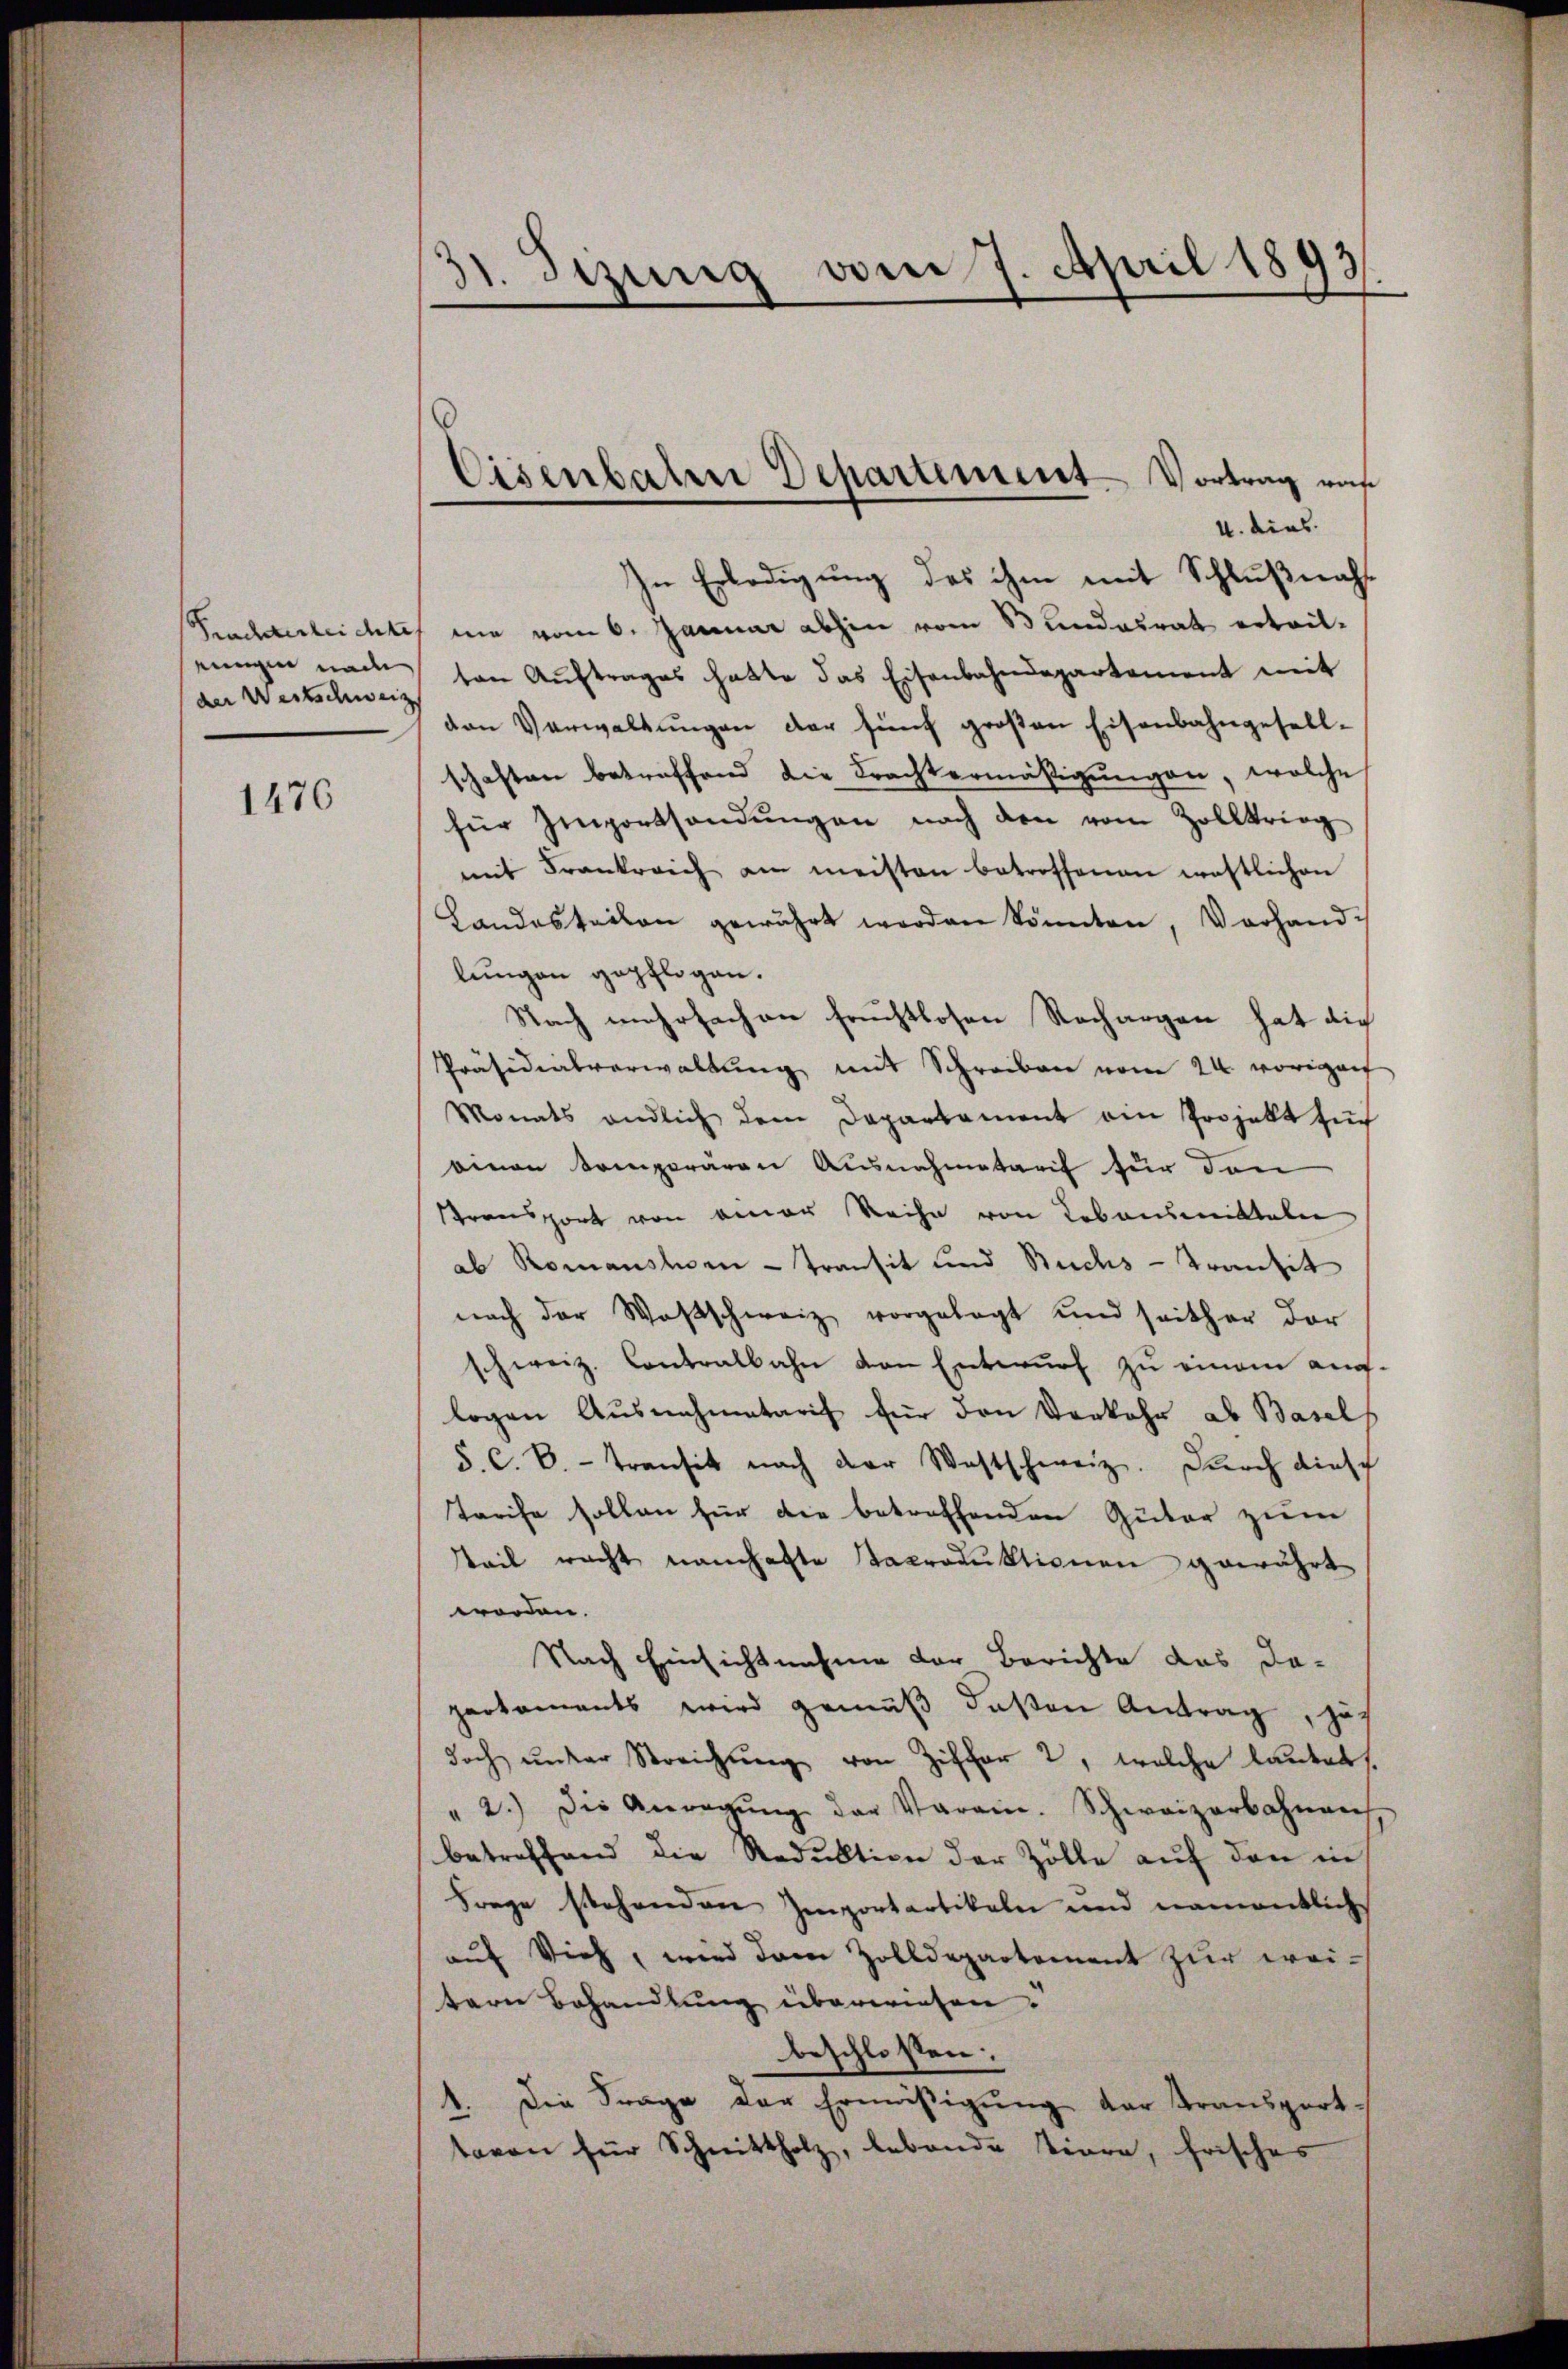
Frachterleichte
einigen nach
der Wertschweiz

1476

31. Sizung vom 7. April 1893.

Cisenbaten Departement Vortrag von

4. dies
In Erledigung des ihm mit Schlußnahnie vom 6. Januar abhin vom Stundesrat ertritten Aŭftrages hatte das Eisenbahndepartement mit
den Verwaltŭngen der fünf groβen Eisenbahngesell-
schaften betreffend die Frachtermäßigungen, welche
für Importsandŭngen nach den vom Zollkrieg
mit Frankreich am meisten betroffenen westlichen
Landesteilen gewährt werden könnten, Vorhand
lungen gepflogen.
Nach mehrfachen fruchtlosen Rechargen hat die
Präsidialverwaltung mit Schreiben vom 24. vorigent
Monats endlich dem Departament ein Projekt für
einen komporären Ausnahmetarif für den
Transport von einer Reihe von Lebensmittalen
ab Romanshorn - Transit und Buchs-Transit
nach der Wasschweiz vorgelegt und seither der
schweiz. Contralbahn von Entwurf zu einem auglogen Ausnahmetarif für den Vorkehr ab Basel
S. C. B. transit nach der Westschweiz. Durch diesch
Tarife sollen für die betreffenden Güter zum
tteil recht namhafte Taproduktionen gewährt
worden.
Nach Einsichtnahme der Berichte das Da-
partaments wird gemäß deßen Antrag, zuf
doch unter Streichung von Ziffer 2, welche lautet.
" 2.) Die Anregŭng der Varain. Schweizerbahnen
betreffend die Reduktion der Zölle auf den in
Frage stehenden Importartikeln und namentlich
aŭf Vieh, wird dann Zolldepartement zur wei-
tern Behandlung überwiesen.
beschlossen:
1. Die Frage der Ermäßigung der Transport-
tavon für Schnittholz, lebende Tiere, frisches